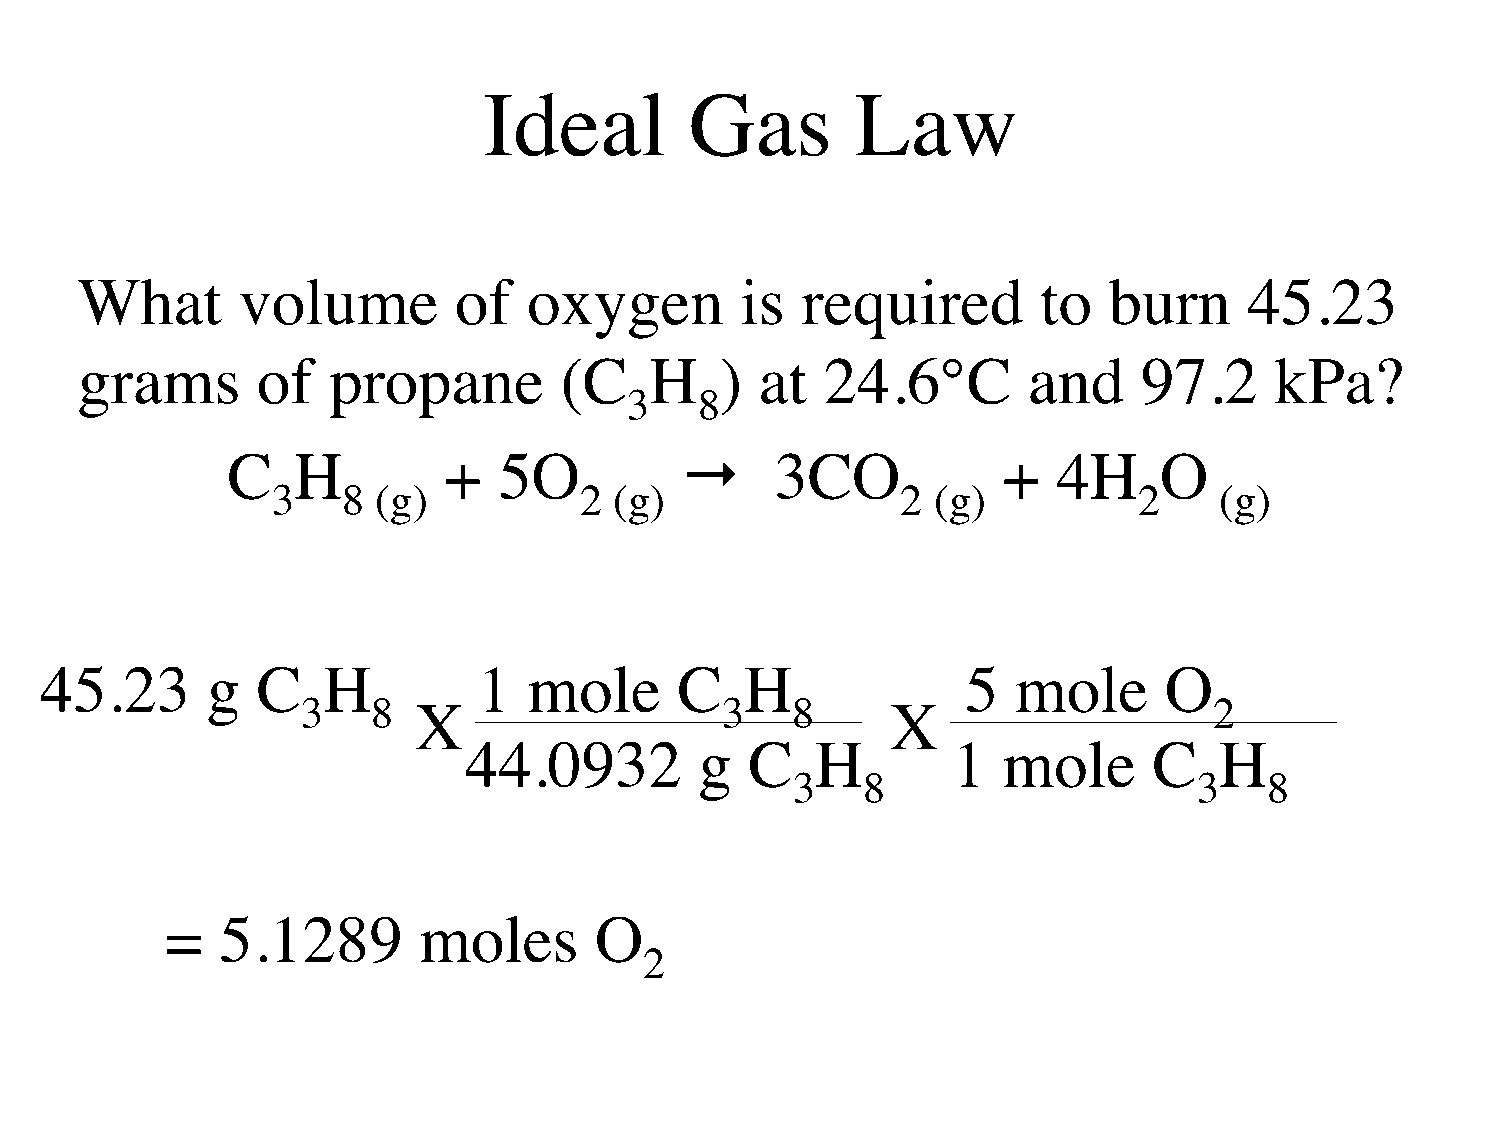
Ideal         Gas        Law
 What       volume        of   oxygen        is  required        to  burn      45.23
 grams       of   propane        (C    H    ) at   24.6°C       and     97.2    kPa?
 3   8
 C   H         +   5O               3CO            +   4H     O
 3    8 (g)          2  (g)                2 (g)          2     (g)
 45.23      g  C   H          1  mole      C   H              5  mole      O
 3    8 X                    3   8      X                    2
 44.0932        g   C   H        1  mole      C    H
 3    8                     3    8
 =   5.1289       moles      O
 2